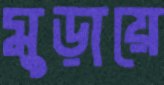
মুড়ায়ে